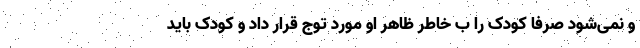
و نمی‌شود صرفا کودک را ب خاطر ظاهر او مورد توج قرار داد و کودک باید